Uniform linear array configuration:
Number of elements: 4
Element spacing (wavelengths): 1
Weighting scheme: blackman
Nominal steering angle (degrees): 15
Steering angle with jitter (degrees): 14.837
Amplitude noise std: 0.05
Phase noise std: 0.05

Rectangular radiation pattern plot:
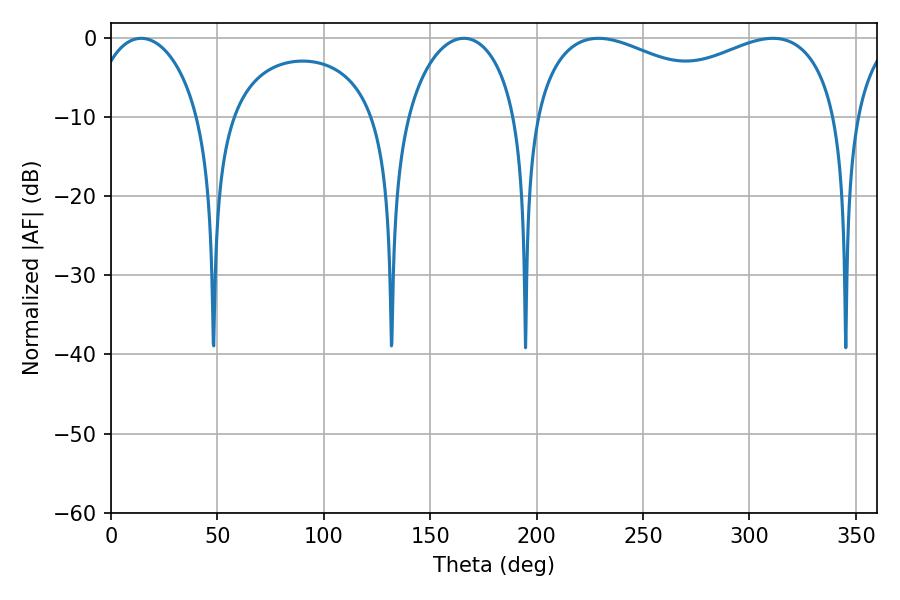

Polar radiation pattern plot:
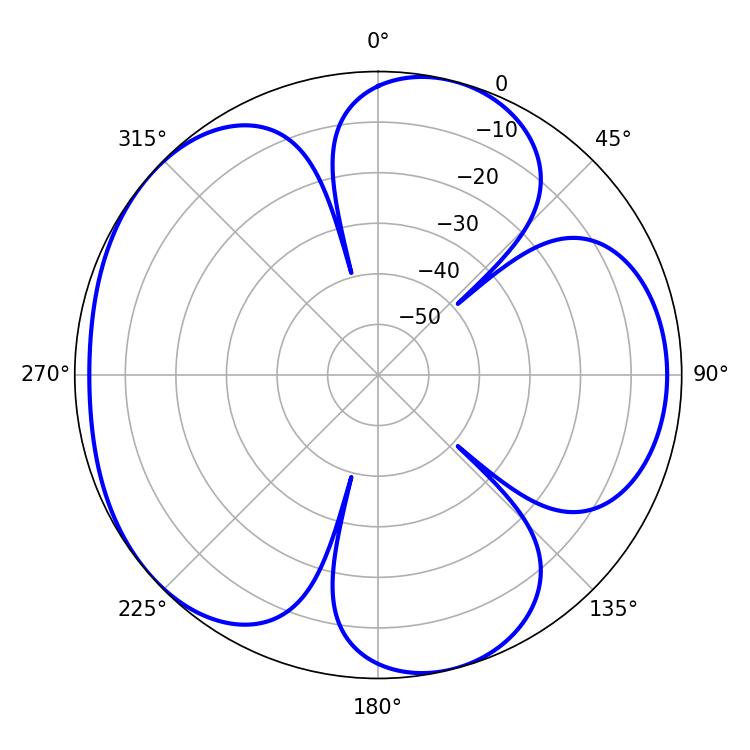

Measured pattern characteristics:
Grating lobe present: TRUE
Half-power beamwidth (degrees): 29.52
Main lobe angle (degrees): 14.22